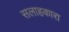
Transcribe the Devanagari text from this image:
सलाहकारा